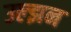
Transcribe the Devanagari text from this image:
उल्झन